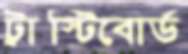
ট্রাস্টিবোর্ড